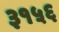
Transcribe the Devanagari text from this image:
३१५६